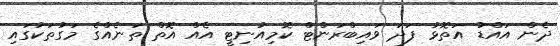
ދެން އައްޑު އަތޮޅު ފަދަ ވައިބްރަންޓް ކޮމިއުނިޓީ އެއް އޮތް ތަނެއްގެ މަގުތަކުގައި